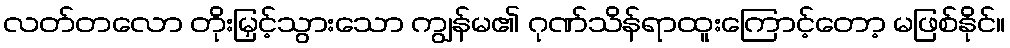
လတ်တလော တိုးမြှင့်သွားသော ကျွန်မ၏ ဂုဏ်သိန်ရာထူးကြောင့်တော့ မဖြစ်နိုင်။